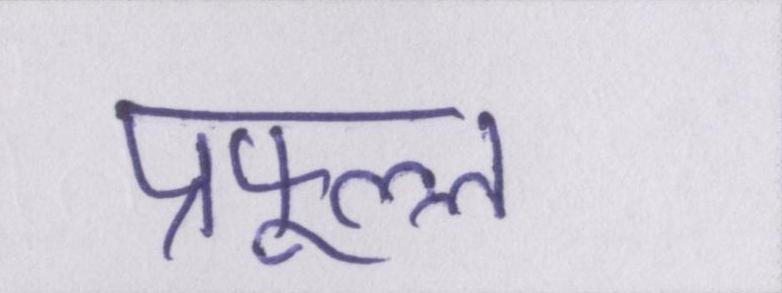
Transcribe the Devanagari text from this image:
प्रफुल्ल